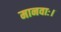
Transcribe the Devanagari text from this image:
मानवाः।